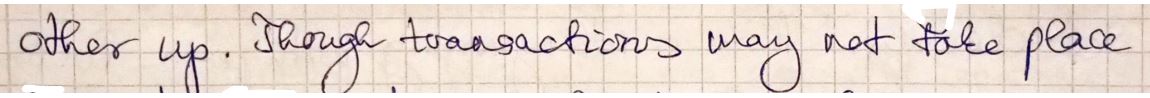
other up. Though transactions may not take place